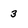
Character: 3